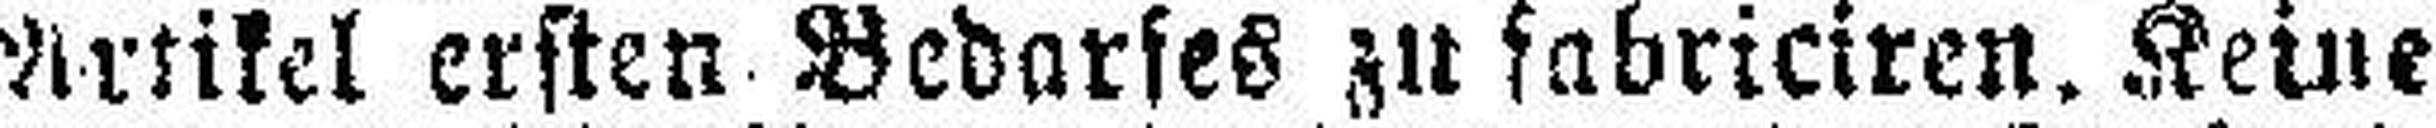
Artikel ersten Bedarfes zu fabriefren. Keine